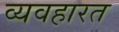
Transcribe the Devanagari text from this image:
व्‍यवहारत